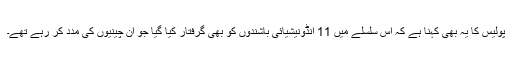
پولیس کا یہ بھی کہنا ہے کہ اس سلسلے میں 11 انڈونیشیائی باشندوں کو بھی گرفتار کیا گیا جو ان چینیوں کی مدد کر رہے تھے۔